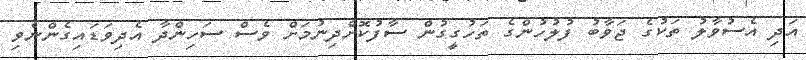
އަދި އެސުވާލު ތަކުގެ ޖަވާބު ފުލުހުންގެ ތަހުގީގުން ސާފުކޮށްދިނުމަށް ވެސް ސަހިންދާ އެދިވަޑައިގެންނެވި